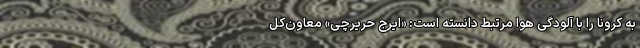
به کرونا را با آلودگی هوا مرتبط دانسته است: «ایرج حریرچی» معاون‌کل